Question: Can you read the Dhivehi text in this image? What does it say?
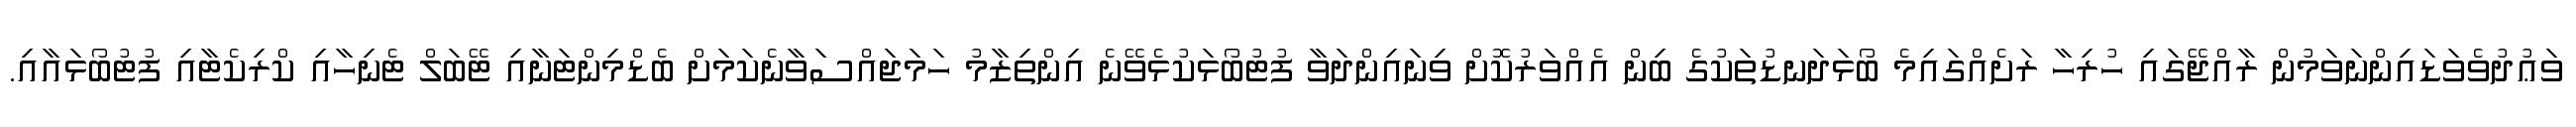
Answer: ވަޢުދުވެވަޑައިންނަވަމުން ރާއްޖޭގައި ހުރިހާ ރަށެއްގައިމެ ބޯޅަދަނޑުތަކުގެ ބިން އެއްވަރުކޮށް ވިނައިންދަވާ ފުޓުބޯޅަކުޅެވޭނެ އިންތިޒާމު ހަމަޖައްސަވާނެކަމަށް ބެޑްމިންޓަނާއި ޓޭބަލް ޓެނިހާއި ކްރިކެޓާއި ފުޓުބޯޅައާއި.